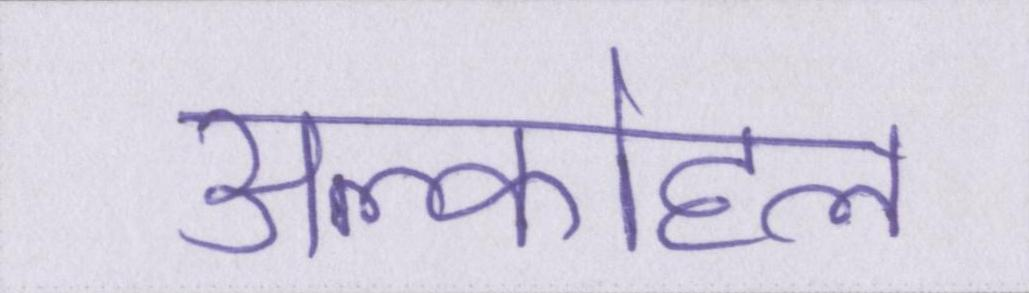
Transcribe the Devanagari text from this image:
अल्कोहल